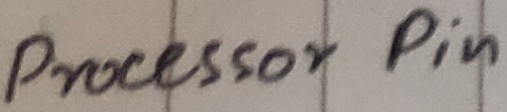
Text: Processor Pin